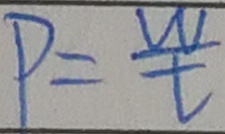
P = \frac { w } { t }